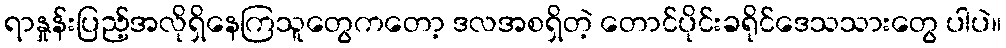
ရာနှုန်းပြည့်အလိုရှိနေကြသူတွေကတော့ ဒလအစရှိတဲ့ တောင်ပိုင်းခရိုင်ဒေသသားတွေ ပါပဲ။